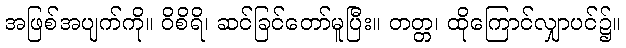
အဖြစ်အပျက်ကို။ ဝိစိရိ၊ ဆင်ခြင်တော်မူပြီး။ တတ္တ၊ ထိုကြောင်လျှာပင်၌။